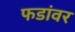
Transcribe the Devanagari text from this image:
फडांवर